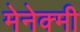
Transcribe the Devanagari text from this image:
मेनेक्मी